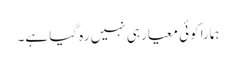
ہمارا کوئی معیار ہی نہیں رہ گیا ہے۔